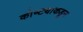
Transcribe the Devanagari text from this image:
कोष्ट्याकडून